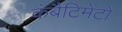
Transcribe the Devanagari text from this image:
कंबैटिमेंटो